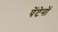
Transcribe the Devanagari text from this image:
पेंटेनों